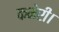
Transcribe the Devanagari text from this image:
कमेरी।